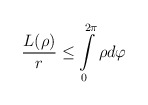
\begin{align*}\frac{L(\rho)}{r}\leq\int\limits_{0}^{2\pi}\rho d\varphi\end{align*}